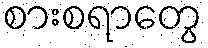
စားစရာတွေ